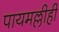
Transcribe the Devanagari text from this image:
पायमल्लीही